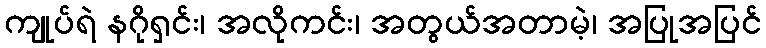
ကျုပ်ရဲ နဂိုရှင်း၊ အလိုကင်း၊ အတွယ်အတာမဲ့၊ အပြုအပြင်